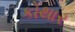
કોથાર